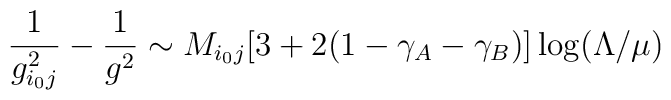
\frac{1}{g_{i_0 j}^2} - \frac{1}{g^2} \sim M_{i_0 j}[3 + 2 (1-\gamma_A - \gamma_B)] \log (\Lambda/\mu)